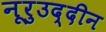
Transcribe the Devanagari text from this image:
नूरुउद्दीन